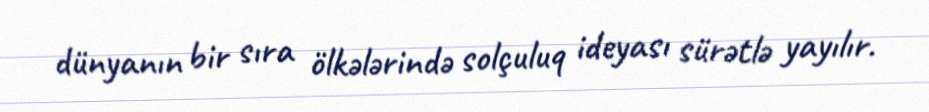
dünyanın bir sıra ölkələrində solçuluq ideyası sürətlə yayılır.